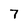
Character: 7